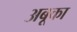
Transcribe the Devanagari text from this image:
अबूका